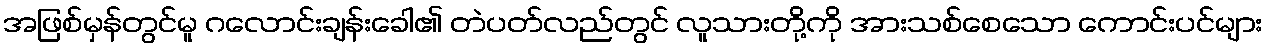
အဖြစ်မှန်တွင်မူ ဂလောင်းချန်းခေါ၏ တဲပတ်လည်တွင် လူသားတို့ကို အားသစ်စေသော ကောင်းပင်များ